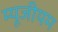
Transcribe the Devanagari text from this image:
म्यूजीयम